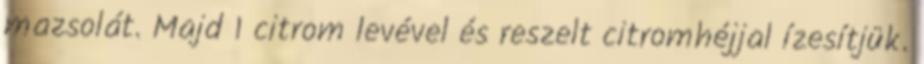
mazsolát. Majd 1 citrom levével és reszelt citromhéjjal ízesítjük.